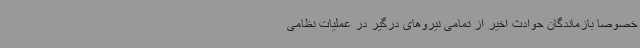
خصوصا بازماندگان حوادث اخیر از تمامی نیروهای درگیر در عملیات نظامی